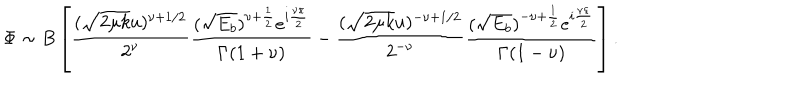
LaTeX: \Phi \sim B \left[ \frac { ( \sqrt { 2 \mu k } u ) ^ { \nu + 1 / 2 } } { 2 ^ { \nu } } \frac { ( \sqrt { E _ { b } } ) ^ { \nu + \frac { 1 } { 2 } } e ^ { i \frac { \nu \pi } { 2 } } } { \Gamma ( 1 + \nu ) } - \frac { ( \sqrt { 2 \mu k } u ) ^ { - \nu + 1 / 2 } } { 2 ^ { - \nu } } \frac { ( \sqrt { E _ { b } } ) ^ { - \nu + \frac { 1 } { 2 } } e ^ { i \frac { \nu \pi } { 2 } } } { \Gamma ( 1 - \nu ) } \right] .